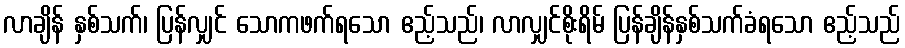
လာချိန် နှစ်သက်၊ ပြန်လျှင် သောကဖက်ရသော ဧည့်သည်၊ လာလျှင်စိုးရိမ် ပြန်ချိန်နှစ်သက်ခံရသော ဧည့်သည်